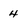
Character: 4